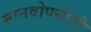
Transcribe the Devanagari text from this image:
मानवोपयोगी